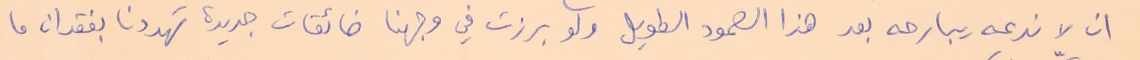
ان لا ندعه يبارحه بعد هذا الصمود الطويل ولو برزت في وجهنا ضائقات جديدة تهددنا بفقدان ما